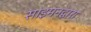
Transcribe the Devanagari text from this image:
साइमनद्वारा